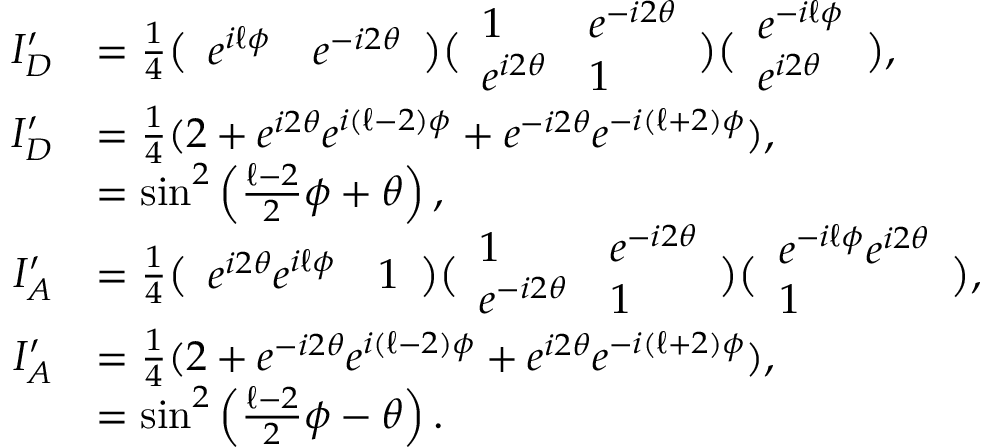
\begin{array} { r l } { I _ { D } ^ { \prime } } & { = \frac { 1 } { 4 } \big ( \begin{array} { l l } { e ^ { i \ell \phi } } & { e ^ { - i 2 \theta } } \end{array} \big ) \big ( \begin{array} { l l } { 1 } & { e ^ { - i 2 \theta } } \\ { e ^ { i 2 \theta } } & { 1 } \end{array} \big ) \big ( \begin{array} { l } { e ^ { - i \ell \phi } } \\ { e ^ { i 2 \theta } } \end{array} \big ) , } \\ { I _ { D } ^ { \prime } } & { = \frac { 1 } { 4 } ( 2 + e ^ { i 2 \theta } e ^ { i ( \ell - 2 ) \phi } + e ^ { - i 2 \theta } e ^ { - i ( \ell + 2 ) \phi } ) , } \\ & { = \sin ^ { 2 } \left( \frac { \ell - 2 } { 2 } \phi + \theta \right) , \ } \\ { I _ { A } ^ { \prime } } & { = \frac { 1 } { 4 } \big ( \begin{array} { l l } { e ^ { i 2 \theta } e ^ { i \ell \phi } } & { 1 } \end{array} \big ) \big ( \begin{array} { l l } { 1 } & { e ^ { - i 2 \theta } } \\ { e ^ { - i 2 \theta } } & { 1 } \end{array} \big ) \big ( \begin{array} { l } { e ^ { - i \ell \phi } e ^ { i 2 \theta } } \\ { 1 } \end{array} \big ) , } \\ { I _ { A } ^ { \prime } } & { = \frac { 1 } { 4 } ( 2 + e ^ { - i 2 \theta } e ^ { i ( \ell - 2 ) \phi } + e ^ { i 2 \theta } e ^ { - i ( \ell + 2 ) \phi } ) , } \\ & { = \sin ^ { 2 } \left( \frac { \ell - 2 } { 2 } \phi - \theta \right) . } \end{array}